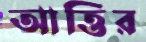
আত্তির